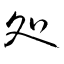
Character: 処